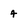
Character: 4